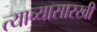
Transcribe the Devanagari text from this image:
त्याच्यासारखी